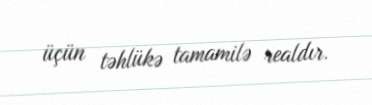
üçün təhlükə tamamilə realdır.